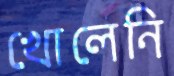
খোলেনি